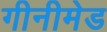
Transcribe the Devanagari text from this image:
गीनीमेड